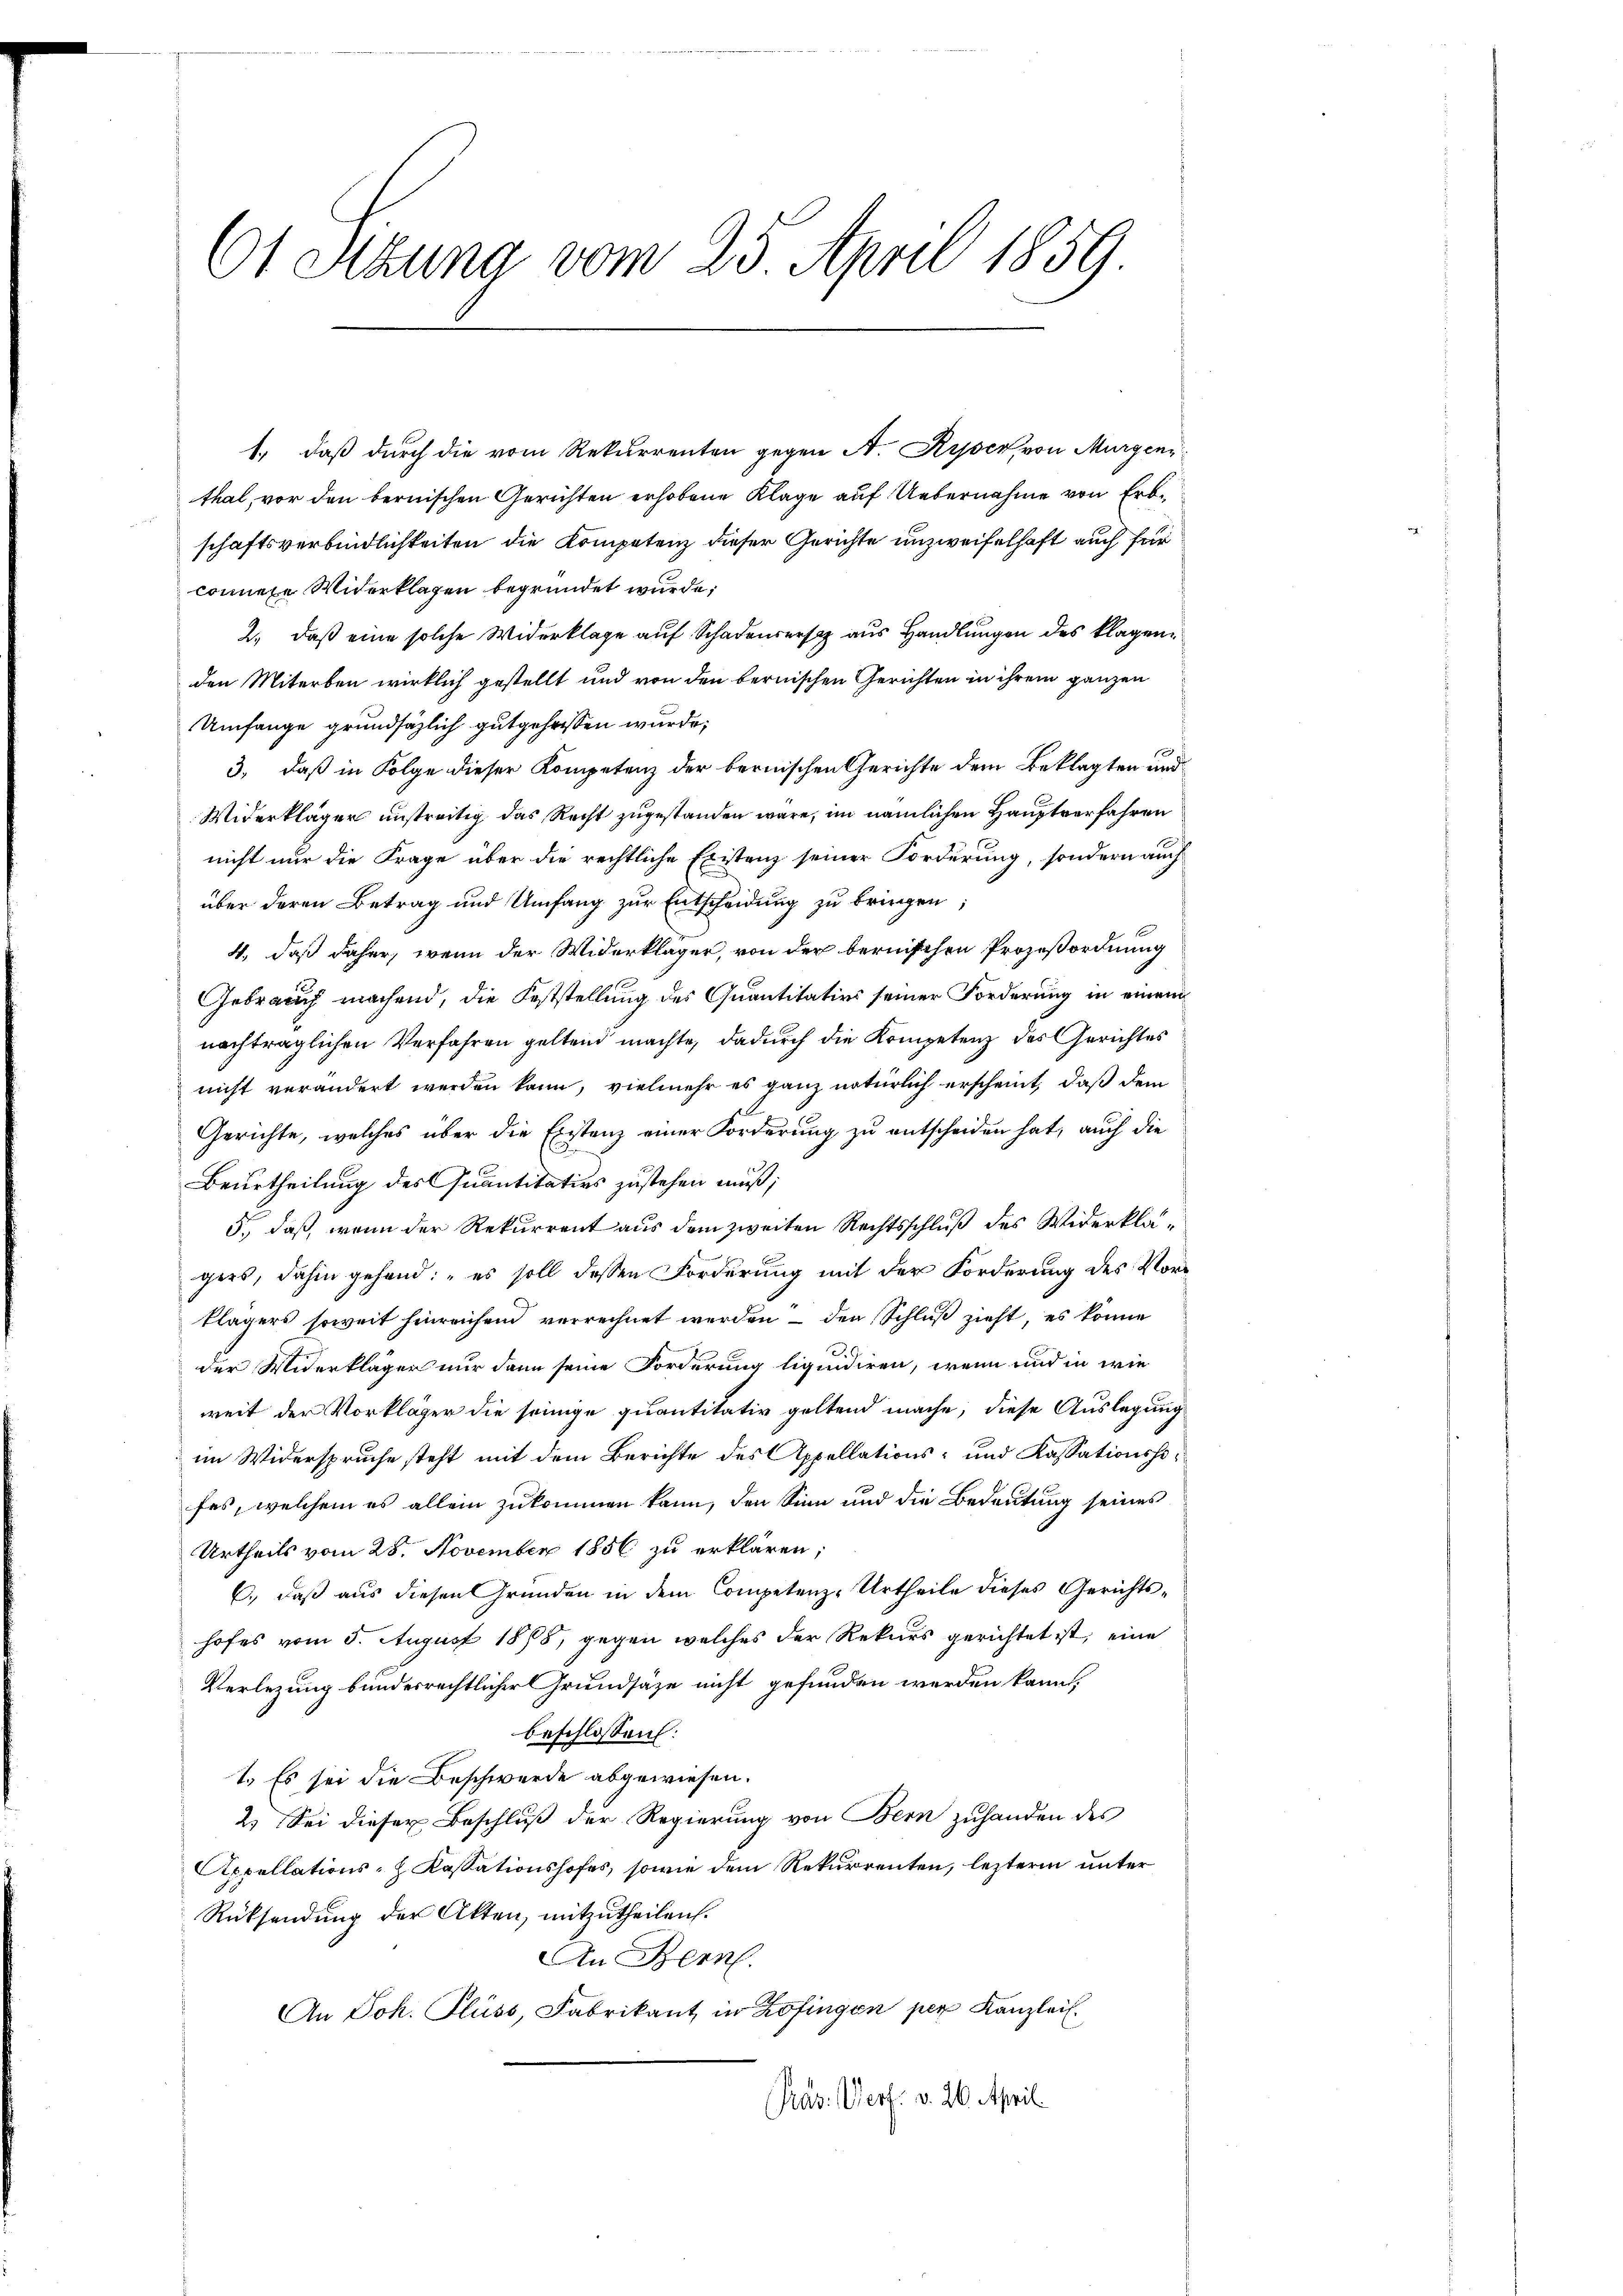
61 Sitzung vom 25. April 1859.

1., daß durch die vom Rekurrenten gegen A. Kypser, von Murgenr
thal, vor den bernischen Gerichten erhobene Klage auf Uebernahme von Erbschaftsverbindlichkeiten die Kompetenz dieser Gerichte unzweifelhaft auch für
comnete Widerklagen begründet wurde;
2., daß eine solche Widerklage auf Schadensers aus Handlungen des klagen
den Miterben wirklich gestellt und von den bernischen Gerichten in ihrem ganzen
Umfange grundsätzlich gutgehassen wurde;
3., daß in Folge dieser Kompetenz der bernischen Gerichte dem Beklagten und
Widerkläger unstreitig das Recht zugestanden wäre, im nämlichen Hauptverfahren
nicht nur die Frage über die rechtliche Existenz seiner Forderung, sondern auch
über deren Betrag und Umfang zur Entscheidung zu bringen;
4., daß daher, wenn der Widerkläger, von der bernischen Prozeßordnung
Gebrauch machend, die Feststellung des Quantitativs seiner Forderung in einem
nachträglichen Verfahren geltend machte, dadurch die Kompetenz des Gerichtes
nicht verändert werden kann, vielmehr es ganz natürlich erscheint, daß dem
Gerichte, welches über die Existanz einer Forderung zu entscheiden hat, auch die
Beurtheilung des Quantitativs zustehen muß;
5., daß, wenn der Rekurrent aus dem zweiten Rechtsschluß des Widerklägers, dahin gehend: „es soll dessen Forderung mit der Forderung des Vorklägers soweit hinreichend verrechnet werden – den Schluß zieht, es könne
.
der Widerkläger nur dann seine Forderung liquidiren, wenn und in wie
weit der Vorkläger die seinige quantitativ geltend mache, diese Auslegung
im Widerspruche steht mit dem Berichte des Appellations- und Kassationshofes, welchem es allein zukommen kann, den Sinn und die Bedeutung seines
Urtheils vom 28. November 1856 zu erklären;
6., daß aus diesen Gründen in dem Competenz-Urtheile dieses Gerichtshofes vom 5. August 1878, gegen welches der Rekurs gerichtet ist, eine
Verlegung bundesrechtlicher Grundsätze nicht gefunden werden kann.
beschlossen:
1. Es sei die Beschwerde abgewiesen.
2. Sei dieser Beschluß der Regierung von Bern zuhanden des
Appellations- Kassationshofes, sowie dem Rekurrenten, lezterm unter
Rücksendung der Akten, mitzutheilen.
An Bern.
An Joh. Fluss, Fabrikant in Zofingen per Kanzlei.
Pras. Verf. v. 26. April